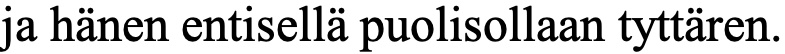
ja hänen entisellä puolisollaan tyttären.